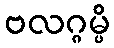
ဗလဂ္ဂမ္ပိ